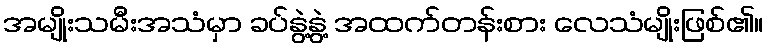
အမျိုးသမီးအသံမှာ ခပ်နွဲ့နွဲ့ အထက်တန်းစား လေသံမျိုးဖြစ်၏။